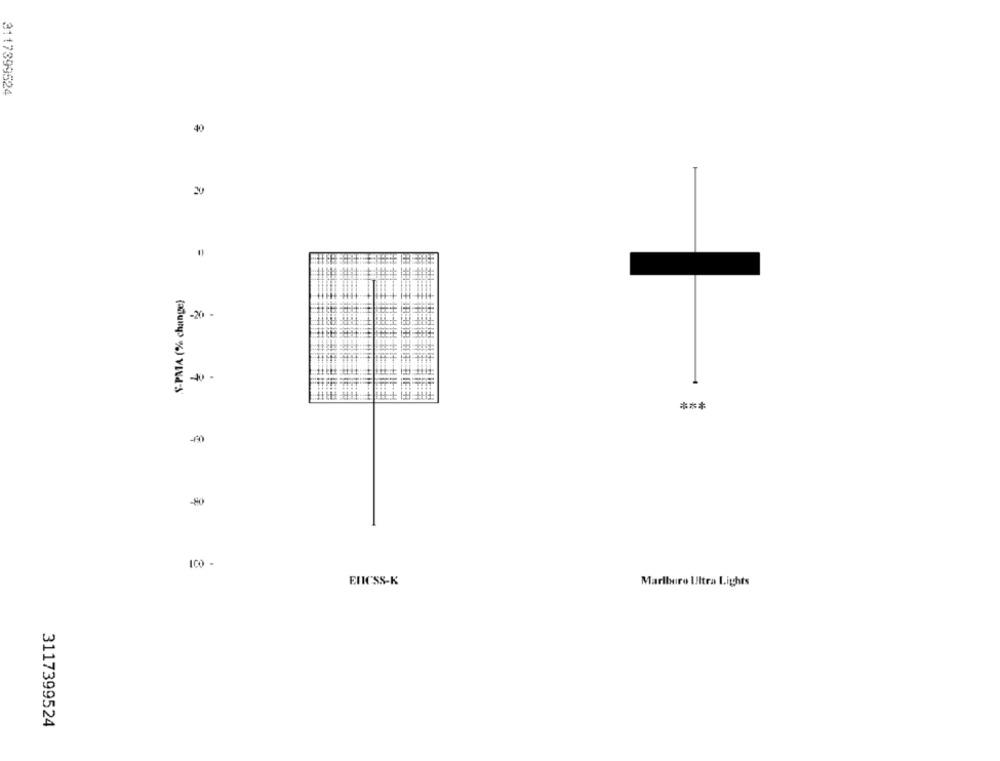
3117399524
40
S-PMA (% change)
H-+H+
-20
RIF ::
***
100 -
ENICSS-K
Marlboro Ultra Lights
3117399524